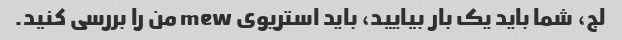
لج، شما باید یک بار بیایید، باید استریوی mew من را بررسی کنید.